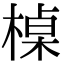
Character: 槕